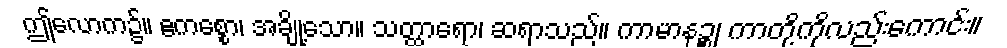
ဤလောက၌။ ဧကစ္စော၊ အချို့သော။ သတ္ထာရော၊ ဆရာသည်။ ကာမာနဉ္စ၊ ကာတို့ကိုလည်းကောင်း။